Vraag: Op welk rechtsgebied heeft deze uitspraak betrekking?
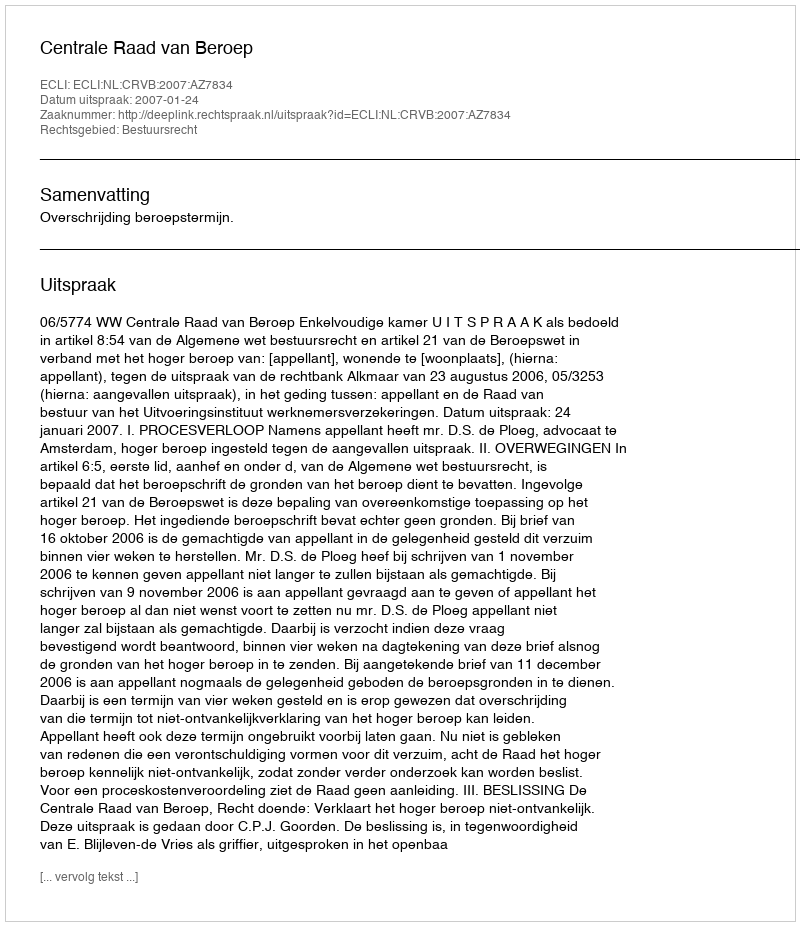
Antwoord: Bestuursrecht